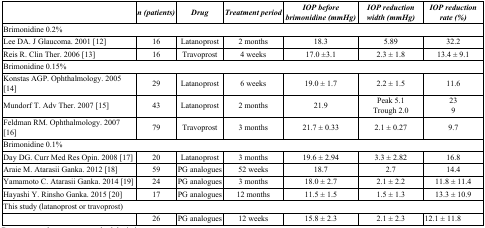
<table><thead><tr><td></td><td><b><i>n (patients)</i></b></td><td><b><i>Drug</i></b></td><td><b><i>Treatment period</i></b></td><td><b><i>IOP before brimonidine (mmHg)</i></b></td><td><b><i>IOP reduction width (mmHg)</i></b></td><td><b><i>IOP reduction rate (%)</i></b></td></tr></thead><tbody><tr><td colspan="7">Brimonidine 0.2%</td></tr><tr><td>Lee DA. J Glaucoma. 2001 [12]</td><td>16</td><td>Latanoprost</td><td>2 months</td><td>18.3</td><td>5.89</td><td>32.2</td></tr><tr><td>Reis R. Clin Ther. 2006 [13]</td><td>16</td><td>Travoprost</td><td>4 weeks</td><td>17.0 ±3.1</td><td>2.3 ± 1.8</td><td>13.4 ± 9.1</td></tr><tr><td colspan="7">Brimonidine 0.15%</td></tr><tr><td>Konstas AGP. Ophthalmology. 2005 [14]</td><td>29</td><td>Latanoprost</td><td>6 weeks</td><td>19.0 ± 1.7</td><td>2.2 ± 1.5</td><td>11.6</td></tr><tr><td>Mundorf T. Adv Ther. 2007 [15]</td><td>43</td><td>Latanoprost</td><td>2 months</td><td>21.9</td><td>Peak 5.1Trough 2.0</td><td>239</td></tr><tr><td>Feldman RM. Ophthalmology. 2007 [16]</td><td>79</td><td>Travoprost</td><td>3 months</td><td>21.7 ± 0.33</td><td>2.1 ± 0.27</td><td>9.7</td></tr><tr><td colspan="7">Brimonidine 0.1%</td></tr><tr><td>Day DG. Curr Med Res Opin. 2008 [17]</td><td>20</td><td>Latanoprost</td><td>3 months</td><td>19.6 ± 2.94</td><td>3.3 ± 2.82</td><td>16.8</td></tr><tr><td>Araie M. Atarasii Ganka. 2012 [18]</td><td>59</td><td>PG analogues</td><td>52 weeks</td><td>18.7</td><td>2.7</td><td>14.4</td></tr><tr><td>Yamamoto C. Atarasii Ganka. 2014 [19]</td><td>24</td><td>PG analogues</td><td>3 months</td><td>18.0 ± 2.7</td><td>2.1 ± 2.2</td><td>11.8 ± 11.4</td></tr><tr><td>Hayashi Y. Rinsho Ganka. 2015 [20]</td><td>17</td><td>PG analogues</td><td>12 months</td><td>11.5 ± 1.5</td><td>1.5 ± 1.3</td><td>13.3 ± 10.9</td></tr><tr><td colspan="7">This study (latanoprost or travoprost)</td></tr><tr><td></td><td>26</td><td>PG analogues</td><td>12 weeks</td><td>15.8 ± 2.3</td><td>2.1 ± 2.3</td><td>12.1 ± 11.8</td></tr></tbody></table>